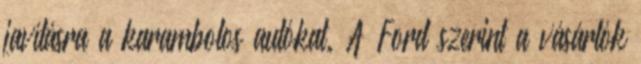
javításra a karambolos autókat. A Ford szerint a vásárlók